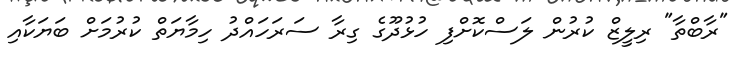
"ރާބްތާ" ރިލީޒް ކުރުން ލަސްކޮށްފި ހުޅުދޫގެ ގިރާ ސަރަހައްދު ހިމާޔަތް ކުރުމަށް ބަޔަކާއި